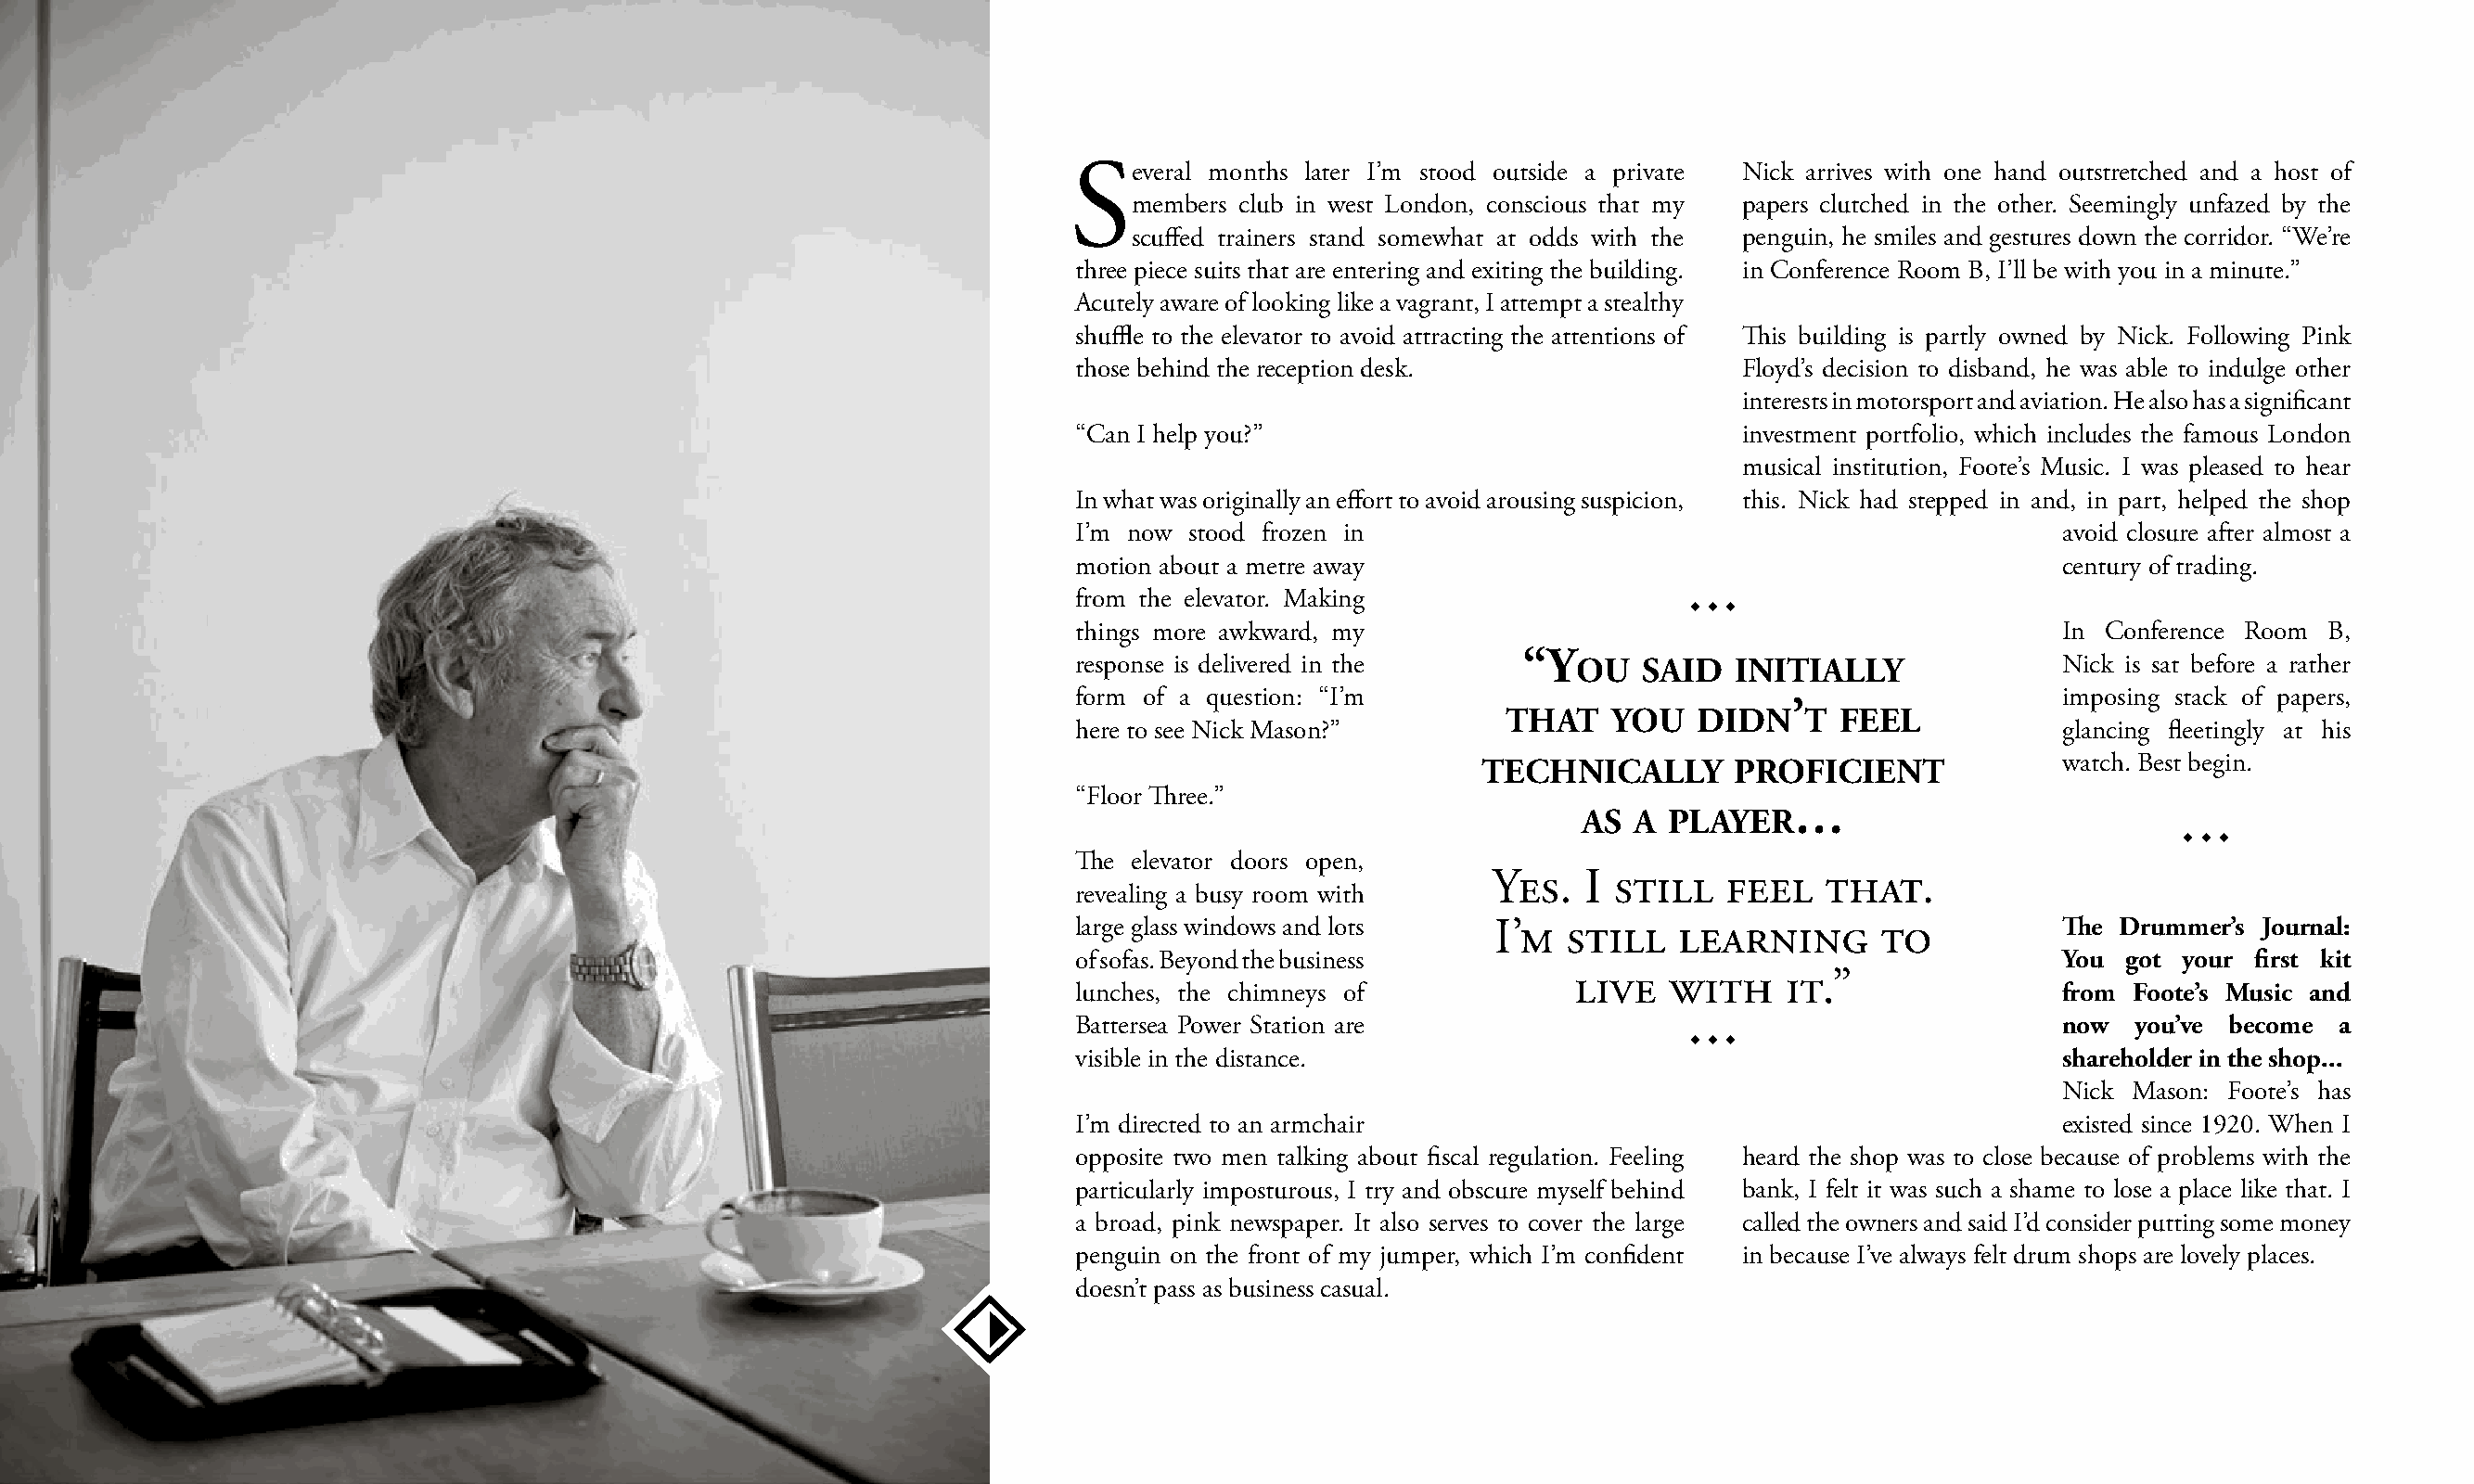
Several   months later I’m stood outside a private Nick arrives with one hand outstretched and a host of
 members club in west London, conscious that my papers clutched in the other. Seemingly unfazed by the
 scuffed trainers stand somewhat at odds with the penguin, he smiles and gestures down the corridor. “We’re
 three piece suits that are entering and exiting the building. in Conference Room B, I’ll be with you in a minute.”
 Acutely aware of looking like a vagrant, I attempt a stealthy
 shuffle to the elevator to avoid attracting the attentions of This building is partly owned by Nick. Following Pink
 those behind the reception desk.               Floyd’s decision to disband, he was able to indulge other
 interests in motorsport and aviation. He also has a significant
 “Can I help you?”                              investment portfolio, which includes the famous London
 musical institution, Foote’s Music. I was pleased to hear
 In what was originally an effort to avoid arousing suspicion, this. Nick had stepped in and, in part, helped the shop
 I’m now stood frozen in                                               avoid closure after almost a
 motion about a metre away                                             century of trading.
 from the elevator. Making                  www
 things more awkward, my                                               In Conference Room B,
 “y
 response is delivered in the       ou   said   initially              Nick is sat before a rather
 form of a question: “I’m                                              imposing stack of papers,
 ’
 that    you   didn    t feel
 here to see Nick Mason?”                                              glancing fleetingly at his
 technically       proficient             watch. Best begin.
 “Floor Three.”
 …
 as  a player
 www
 The elevator doors open,
 Yes.   I still   feel   that.
 revealing a busy room with
 large glass windows and lots  I’m  still   learning      to           The Drummer’s Journal:
 of sofas. Beyond the business                                         You  got your first kit
 live   with    it.”
 lunches, the chimneys of                                              from Foote’s Music and
 Battersea Power Station are                                           now  you’ve become  a
 www
 visible in the distance.                                              shareholder in the shop...
 Nick Mason: Foote’s has
 I’m directed to an armchair                                           existed since 1920. When I
 opposite two men talking about fiscal regulation. Feeling heard the shop was to close because of problems with the
 particularly imposturous, I try and obscure myself behind bank, I felt it was such a shame to lose a place like that. I
 a broad, pink newspaper. It also serves to cover the large called the owners and said I’d consider putting some money
 penguin on the front of my jumper, which I’m confident in because I’ve always felt drum shops are lovely places.
 doesn’t pass as business casual.